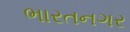
ભારતનગર